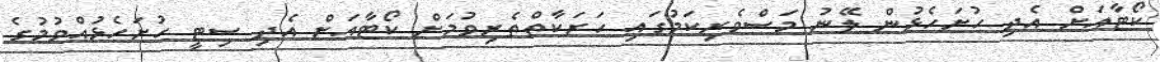
ކޯޓާއަށް އެދި ހުށަހެޅުން ލޭނު މަސްވެރިކަމުގައި ހަރަކާތްތެރިވުމަށް ކޯޓާއަށް އެދި ސިޓީ ހުށަހެޅުއްވުމުގެ